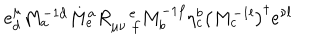
LaTeX: e _ { d } ^ { \mu } M _ { a } ^ { - 1 d } M _ { e } ^ { a } R _ { \mu \nu \, \, f } ^ { \quad e } M _ { b } ^ { - 1 f } \eta _ { c } ^ { b } \left( M _ { c } ^ { - 1 l } \right) ^ { \dagger } e ^ { \nu l }